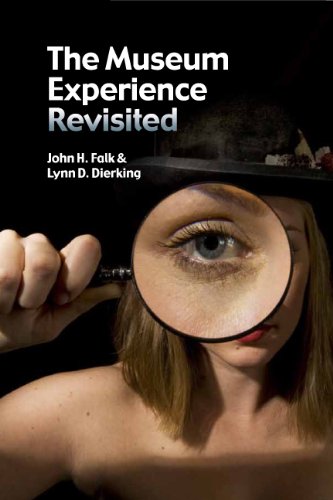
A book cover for Museum Experience Revisited; John H Falk; Business & Money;